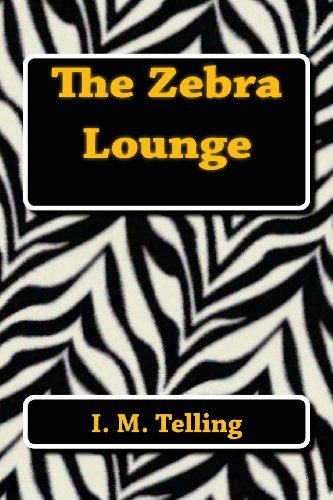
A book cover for The Zebra Lounge; I. M. Telling; Romance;